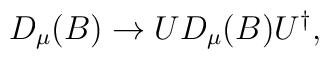
D_{\mu}(B) \rightarrow UD_{\mu}(B)U^{\dagger},